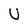
Character: U